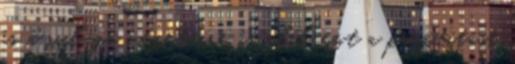
és a világa vezetőire is akik ezt a pusztítást